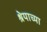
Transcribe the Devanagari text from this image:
श्रेयाच्या